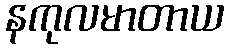
နကုလမာတာယ